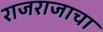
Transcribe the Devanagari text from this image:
राजराजाचा